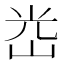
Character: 𡷀